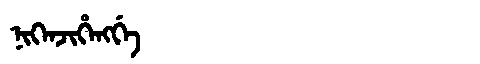
Manchu: ᠨᡳᡴᡝᠨᠵᡳᡥᡝᠩᡤᡝ
Romanization: NIKENJIHENGGE